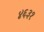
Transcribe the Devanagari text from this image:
४६३१